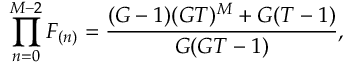
\prod _ { n = 0 } ^ { M - 2 } F _ { ( n ) } = \frac { ( G - 1 ) ( G T ) ^ { M } + G ( T - 1 ) } { G ( G T - 1 ) } ,